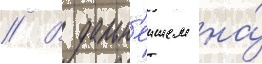
// В дальн'еишем на́